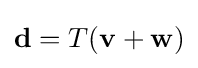
\mathbf {d} =T(\mathbf {v} +\mathbf {w} )